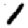
Digit: 1